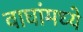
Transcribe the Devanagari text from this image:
वाघांमध्ये